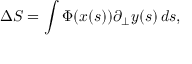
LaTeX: \Delta S = \int \Phi ( x ( s ) ) \partial _ { \bot } y ( s ) \, d s ,